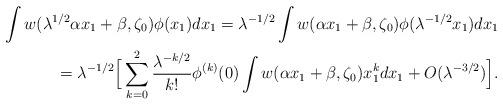
LaTeX: \begin{align*}\int w(\lambda^{1/2}\alpha x_1+\beta,\zeta_0)\phi(x_1)dx_1=\lambda^{-1/2}\int w(\alpha x_1+\beta,\zeta_0)\phi(\lambda^{-1/2}x_1)dx_1\\=\lambda^{-1/2}\Big[\sum_{k=0}^2\frac{\lambda^{-k/2}}{k!}\phi^{(k)}(0)\int w(\alpha x_1+\beta,\zeta_0)x_1^kdx_1+O(\lambda^{-3/2})\Big].\end{align*}